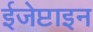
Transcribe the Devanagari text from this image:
ईजेप्टाइन